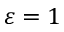
\varepsilon = 1